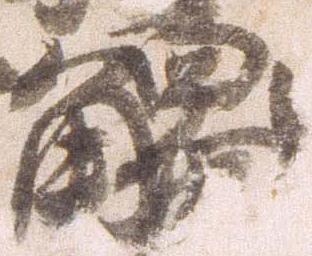
触